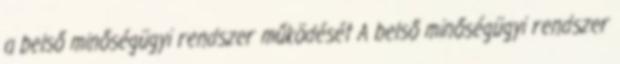
a belső minőségügyi rendszer működését A belső minőségügyi rendszer